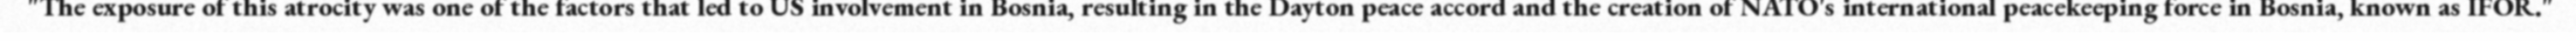
"The exposure of this atrocity was one of the factors that led to US involvement in Bosnia, resulting in the Dayton peace accord and the creation of NATO's international peacekeeping force in Bosnia, known as IFOR."